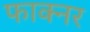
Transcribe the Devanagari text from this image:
फाक्नर